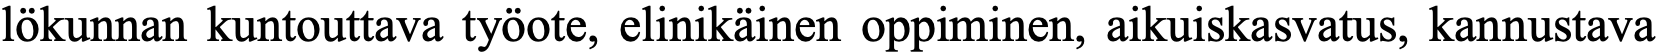
lökunnan kuntouttava työote, elinikäinen oppiminen, aikuiskasvatus, kannustava